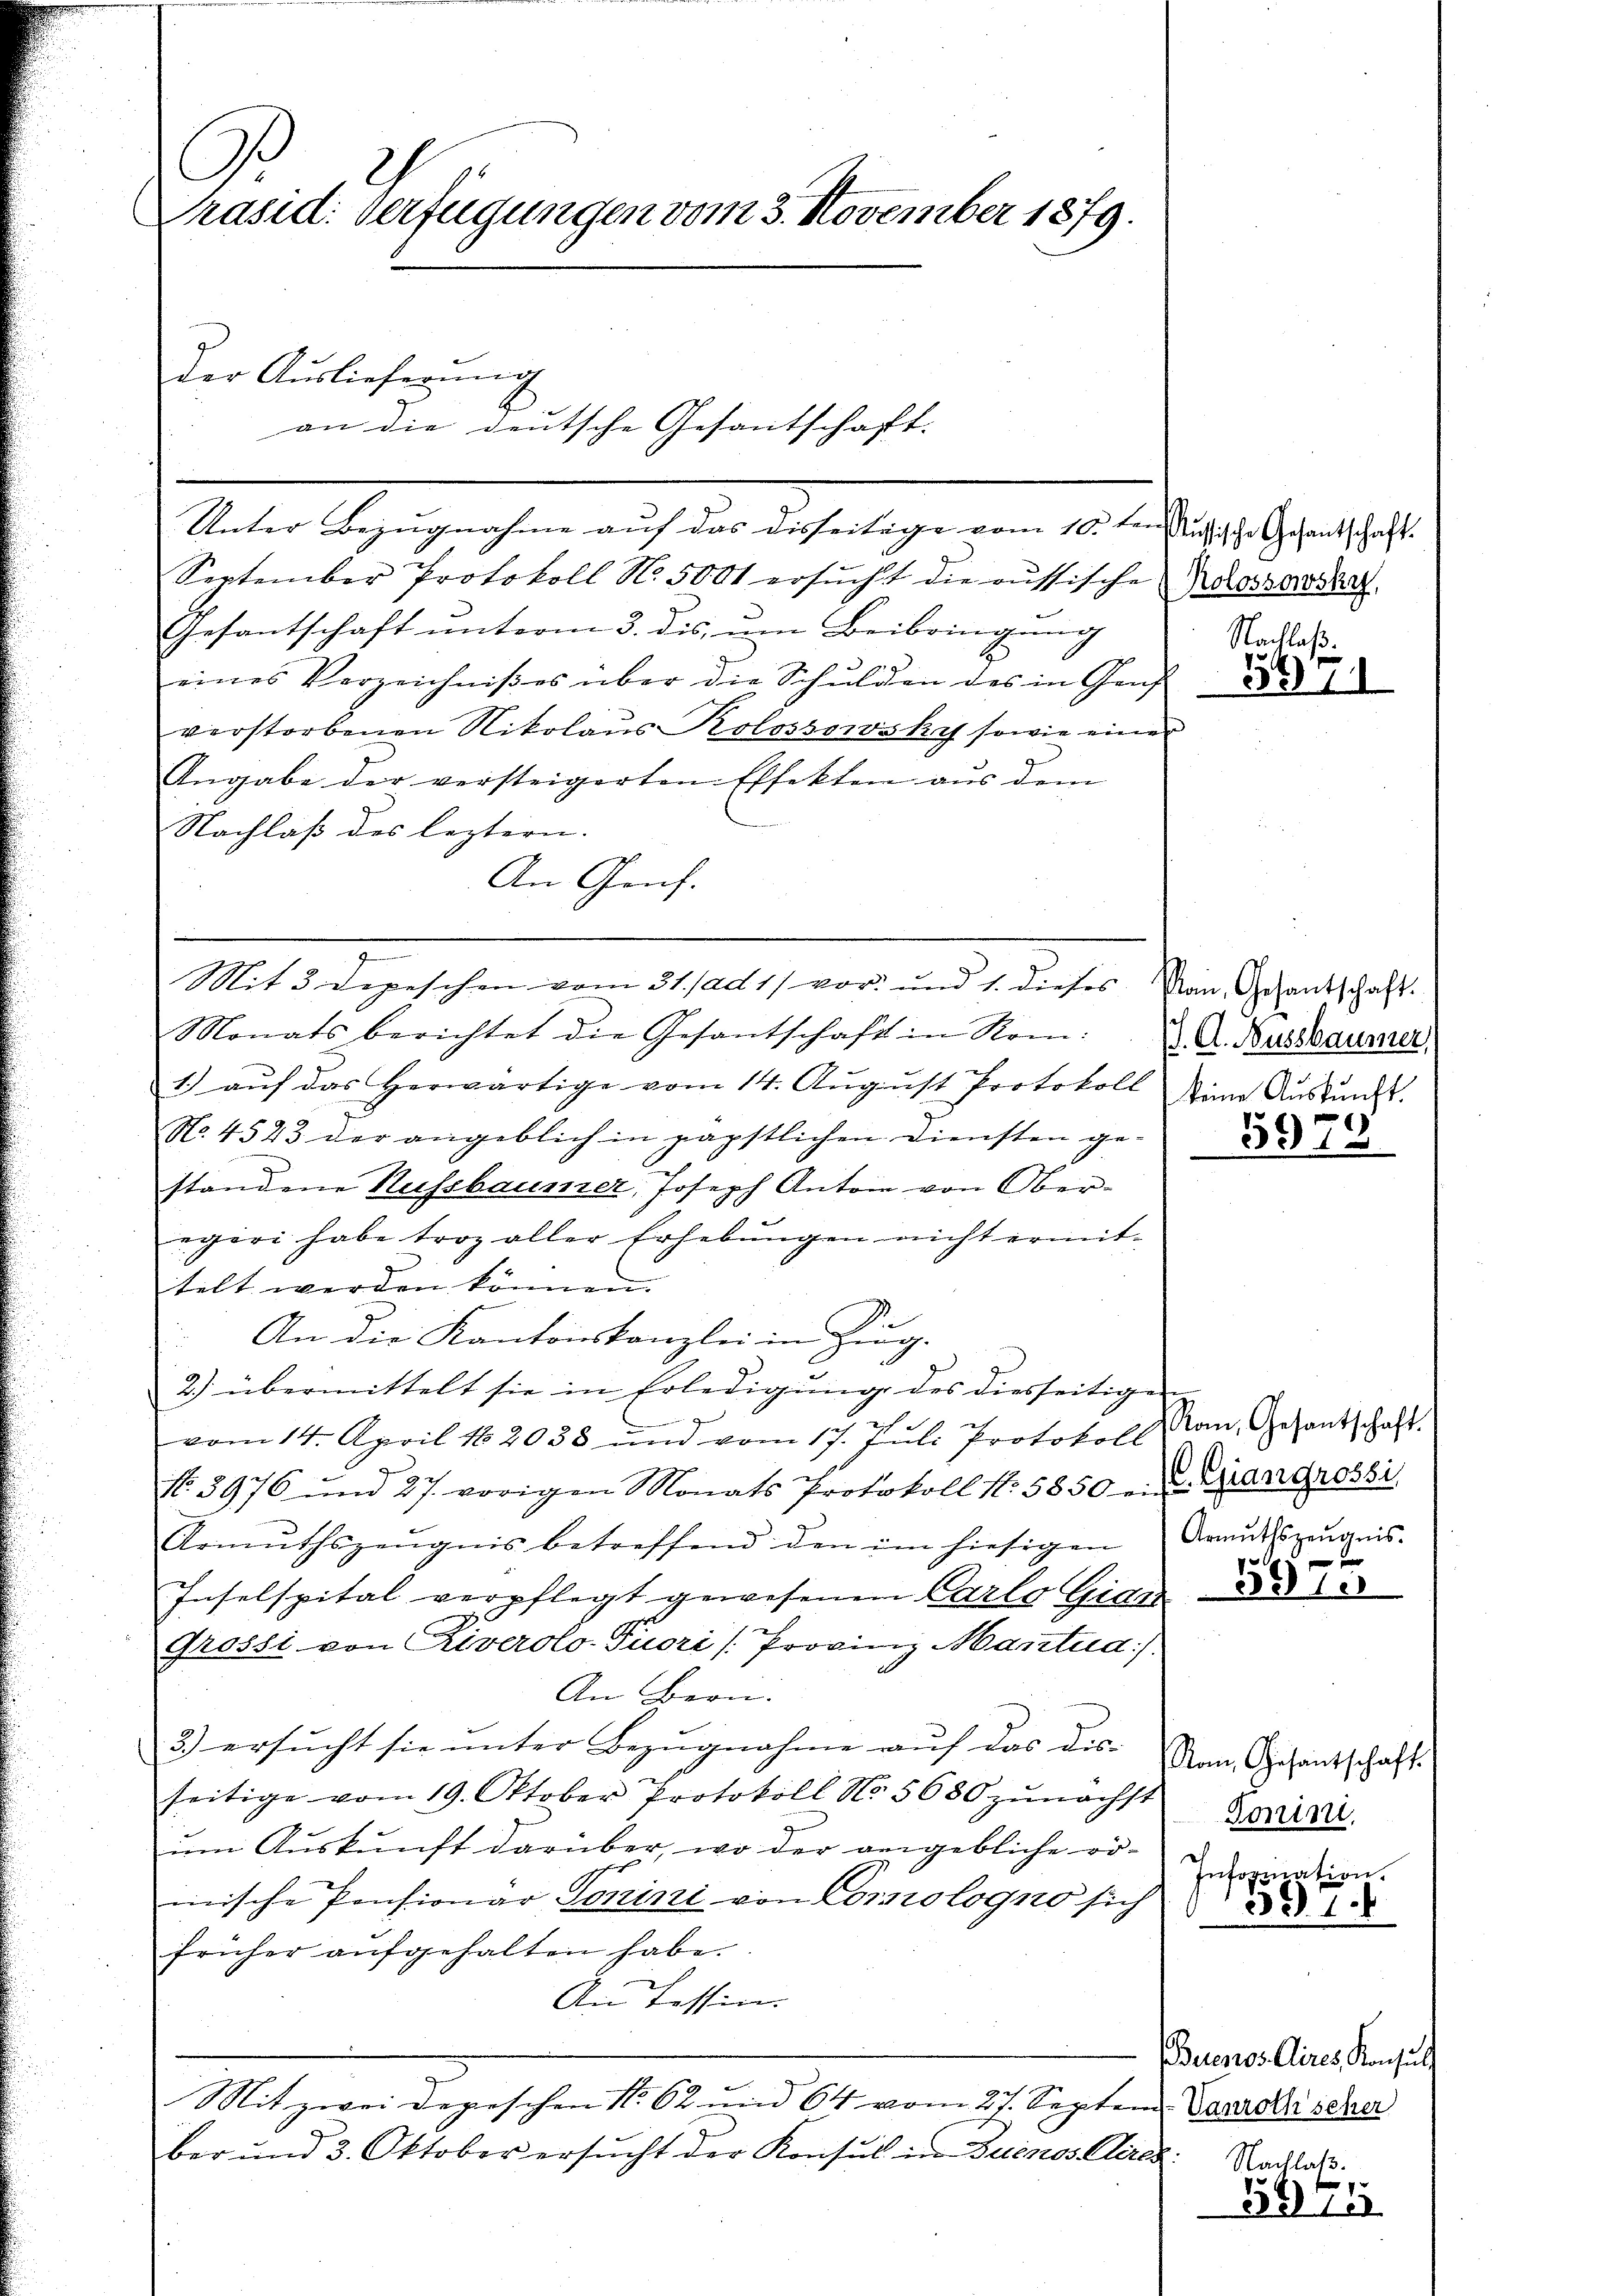
C
Präsid. Verfügungen vom 3. November 1879.

der Auslieferung

Unter Bezugnahme auf das disseitige vom 10. den Aussische Gesantschaft
September Protokoll N. 5001 ersŭcht die russische Adossardert
Gesantschaft unterm 3. dis, um Beibringung
eines Verzeichnißes über die Schulden des in Graf
verstorbenen Nikolaŭs Kolossowsky sowie einer
Angabe der versteigerten Effekten aus dem
Nachlaß des leztern.
An Genf.

Mit 3 Depeschen vom 31. ad 11 vor und 1. dieses Man Gesandschaft.
Monats berichtet die Gesantschaft in Rom. u. A. Busseaumer
1) aŭf das herwärtige vom 14. Aŭgŭst Protokoll eine Aŭsrŭnds
No. 4523 der angeblich in päpstlichen Diensten ge-
standene Hessbaumer, Joseph Anton von Oberegeri habe troz aller Erhebungen nicht ermittelt werden können.
An die Kantonskanzlei in Zug.
2) übermittelt sie in Erledigung des diesseitigen
vom 14. April 182033 und vom 17. Juli Protokoll
No. 3976 und 27. vorigen Monats Protokoll No 5850 - u. Grandrosbi
Armŭthszeŭgnis betreffend den im hiesigen Armsszeŭgnis-
Inselspital verpflegt gewesenen Carlo Giger
Grossi von Riveroto-Puori /Provinz Mantud).
An Bern.
3.) ersucht sie unter Bezugnahme auf das dis-
seitige vom 19. Oktober Protokoll No 5680 zŭnächst
um Auskunft darüber, wo der angebliche römische Pensionar Tonini von Comologno sich
früher aŭfgehalten habe.
An Tessin.
Mit zwei Depeschen No 62 und 64 vom 27. Septem Daverster scher
ber und 3. Oktober ersŭcht der Konsul in Buenos Aires:

an die deutsche Gesantschaft.

Nachlaß.

56

5970

5975

Nom, Gesantschaft.
Donini.
Information.
397.

Man, Gesantschaft.

Nachlaß.
3310

Buenos Aires, Konsul